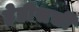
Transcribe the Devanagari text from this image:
हेडीसची